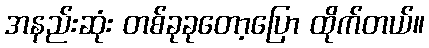
အနည်းဆုံး တစ်ခုခုတော့ပြော ထိုက်တယ်။